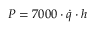
P = 7 0 0 0 \cdot { \dot { q } } \cdot h